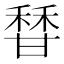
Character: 𬓶